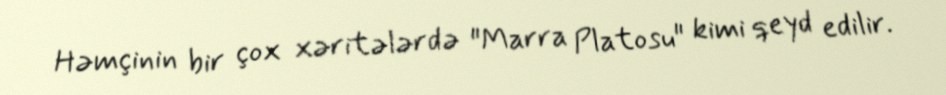
Həmçinin bir çox xəritələrdə "Marra Platosu" kimi qeyd edilir.